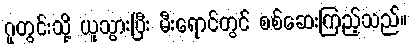
ဂူတွင်းသို့ ယူသွားပြီး မီးရောင်တွင် စစ်ဆေးကြည့်သည်။